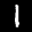
Label: 1